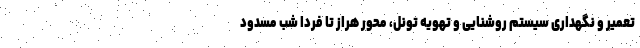
تعمیر و نگهداری سیستم روشنایی و تهویه تونل، محور هراز تا فردا شب مسدود